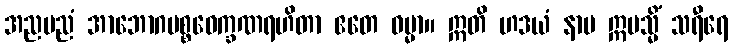
အညမညံ အာဘောဂပစ္စဝေက္ခဏရဟိတာ ဧတေ ဓမ္မာ။ ဣတိ ဟဒယံ နာမ ဣမသ္မိံ သရီရေ